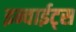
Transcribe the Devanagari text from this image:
इन्वाईट्स